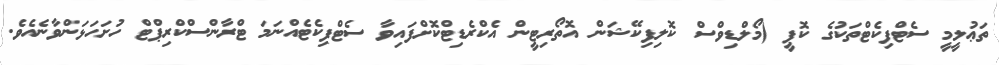
ތަޢުލީމީ ސެޓްފިކެޓްތަކުގެ ކޮޕީ (މޯލްޑިވްސް ކޮލިފިކޭޝަން އޮތޯރިޓީން އެކްރެޑިޓްކޮށްފައިވާ ސެޓްފިކެޓެއްނަމަ ޓްރާންސްކްރިޕްޓް ހުށަހަޅަންވާނެއެވެ.